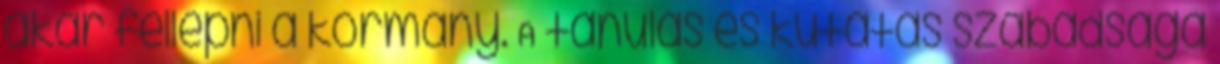
akar fellépni a kormány. A tanulás és kutatás szabadsága